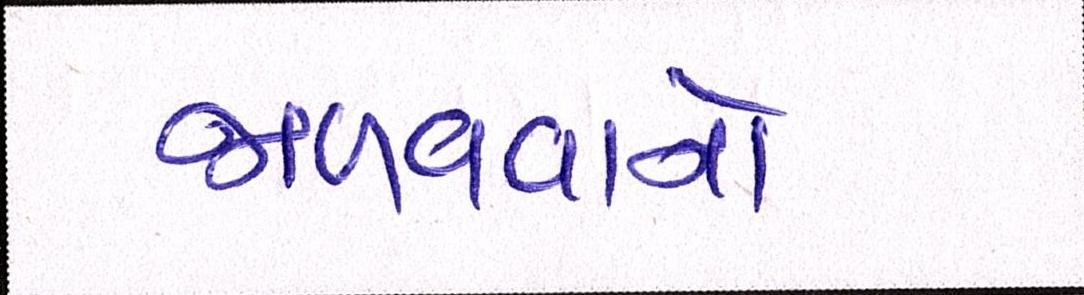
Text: જાળવવાનો